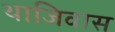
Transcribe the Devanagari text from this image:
थाजिवास